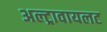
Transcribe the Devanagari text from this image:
अल्ट्रावायलट